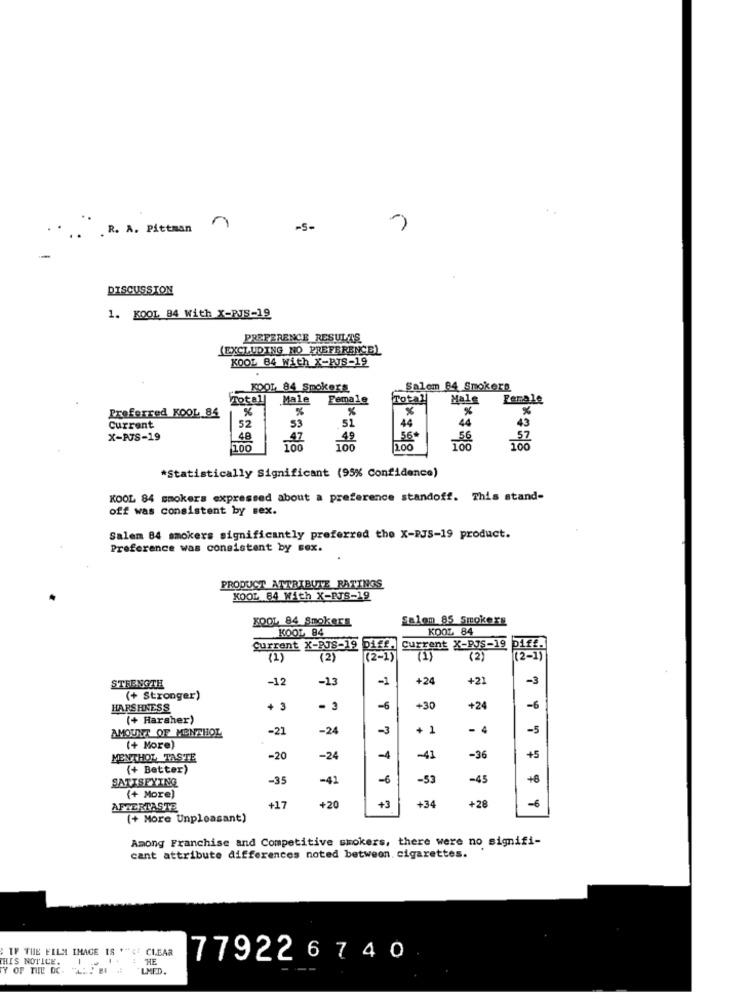
.R. A. Pittman
n
-S-
-
DISCUSSION
1. KOOL 84 With X-PJS-19
PREFERENCE RESULTS
(EXCLUDING NO PREFERENCE)
KOOL 84 With X-RJS-19
KOOL, 84 Smokers
Salem 84 Smokers
Total
Male
Female
Total
Male
Female
Preferred KOOL 84
%
%
%
%
%
53
51
44
44
Current
52
43
X-AJS-19
48
47
49
56+
56
57
100
100
100
100
100
*Statistically Significant (95% Confidence)
KOOL 84 smokers expressed about a preference standoff. This stand-
off was consistent by sex.
Salem 84 smokers significantly preferred the X-PJS-19 product.
Preference was consistent by sex.
PRODUCT ATTRIBUTE RATINGS
KOOL 84 With X-PJS-19
KOOL 84 Smokers
Salem 85 Smokers
KOOL 84
KOOL 84
Current X-BJS-19
Current X-PJS-19
(1)
(2)
(2-1)
(1)
(2)
-12
-13
-1
+24
+21
-3
STRENGTH
(+ Stronger)
HARSHNESS
3
- 3
-6
+30
+24
-6
(+ Harsher)
AMOUNT OF MENTHOL
-21
-24
-3
. 1
-
-5
(+ More)
MENTHOL TASTE
-20
-24
-4
-41
-36
+5
(+ Better)
SATISFYING
-35
-41
-6
-53
-45
+6
(+ More)
+20
+3
+34
+28
-6
AFTERTASTE
+17
(+ More Unpleasant)
Among Franchise and Competitive smokers, there were no signifi-
cant attribute differences noted between. cigarettes.
. IF THE FILM IMAGE IS ""< CLEAR
THIS NOTICE.
HE
779226 740
TY OF TIILE DC.
LMED.